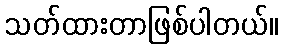
သတ်ထားတာဖြစ်ပါတယ်။